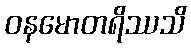
ဝနမောတရိဿသိ